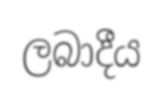
ලබාදීය